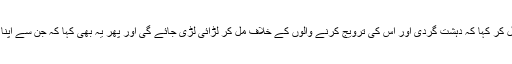
دوسری جانب بھارتی وزیراعظم نریندر مودی نے ٹرمپ کے ساتھ مل کر کہا کہ دہشت گردی اور اس کی ترویج کرنے والوں کے خلاف مل کر لڑائی لڑی جائے گی اور پھر یہ بھی کہا کہ جن سے اپنا ملک نہیں سنبھل رہا وہ بھی بھارتی معاملات میں ٹانگ اڑا رہے ہیں۔